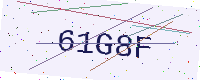
Text: 61G8F